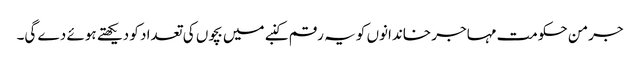
جرمن حکومت مہاجر خاندانوں کو یہ رقم کنبے میں بچوں کی تعداد کو دیکھتے ہوئے دے گی۔